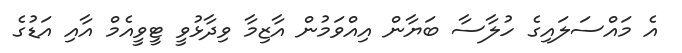
އެ މައްސަލައިގެ ހުލާސާ ބަޔާން އިއްވަމުން އާޒިމާ ވިދާޅުވީ ޓީވީއެމް އާއި އަޑުގެ